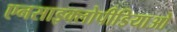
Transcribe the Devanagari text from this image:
एनसाइक्लोपीडियाओ